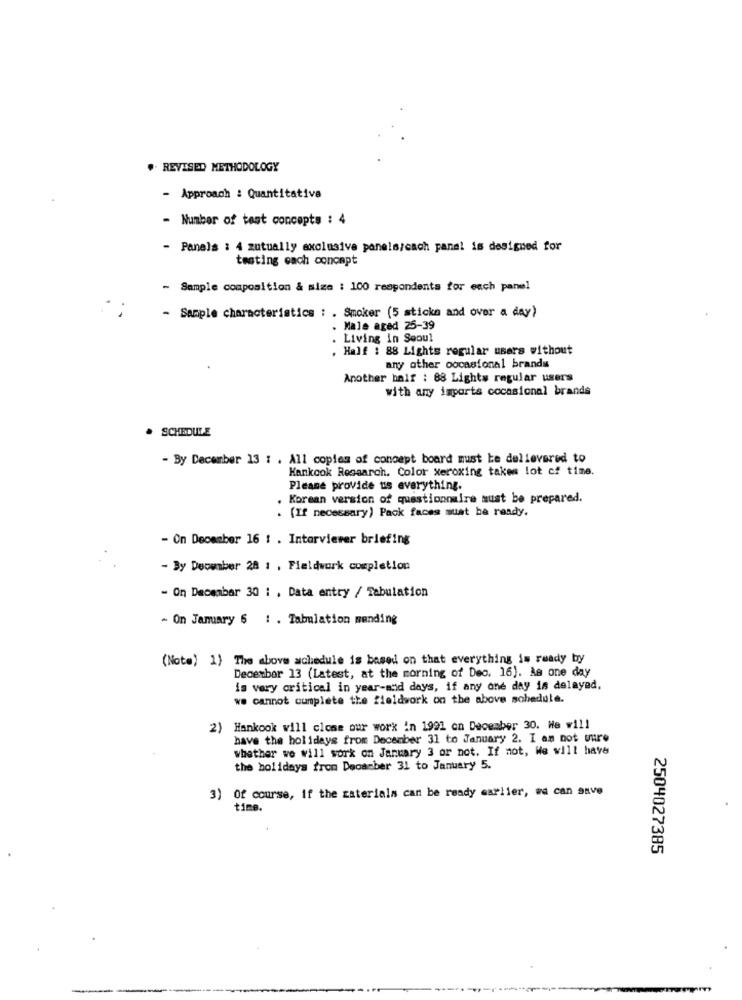
.. REVISED METHODOLOGY
- Approach : Quantitative
- Number of test concepts : 4
- Panels : 4 zutually exclusive panels/cach panel is designed for
testing each concept
- Sample composition & mize : 100 respondents for each panel
- Sample characteristics : . Smoker (5 sticks and over a day)
Male aged 25-39
. Living in Seoul
. Half : 88 Lights regular users without
any other oocasional brands
Another half : 88 Lights regular users
with any imports cocasional brands
· SCHEDULE
- By December 13 : . All copies of concept board must be dellevered to
Hankook Research. Color xeroxing takes lot of time.
Please provide us everything.
Korean version of questionnaire must be prepared.
. (If necessary) Pack faces must be ready.
- On December 16 : . Interviewer briefing
- By December 28 1 , Fieldwork completion
- On December 30 : , Data entry / Tabulation
- On January 6 : . Tabulation mending
(Note) 1) The above schedule is based on that everything is ready by
December 13 (Latest, at the morning of Dec. 16). As one day
is very critical in year-and days, if any one day is delayad,
we cannot complete the fieldwork on the above schedule.
2) Hankook will close our work in 1991 on December 30. We will
have the holidays from December 31 to January 2. I am not sure
whether we will work on January 3 or not. If not, We will have
the holidays from Decarber 31 to January 5.
3) Of course, if the materials can be ready earlier, we can save
time.
2504027385